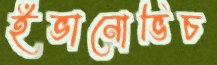
ইভানোভিচ